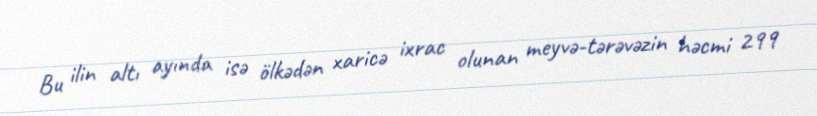
Bu ilin altı ayında isə ölkədən xaricə ixrac olunan meyvə-tərəvəzin həcmi 299